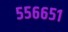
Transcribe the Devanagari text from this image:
५५६६५१